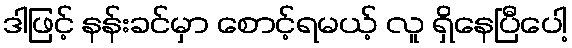
ဒါဖြင့် နန်းခင်မှာ စောင့်ရမယ့် လူ ရှိနေပြီပေါ့